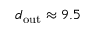
d _ { \mathrm { o u t } } \approx 9 . 5